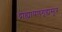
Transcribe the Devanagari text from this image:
द्राह्यायणगृह्यसूत्र